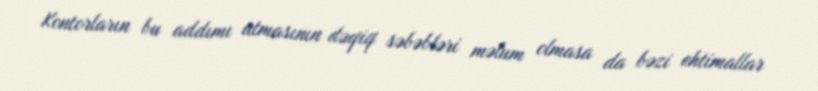
Kontorların bu addımı atmasının dəqiq səbəbləri məlum olmasa da bəzi ehtimallar